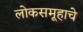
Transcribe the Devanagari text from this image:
लोकसमूहाचे